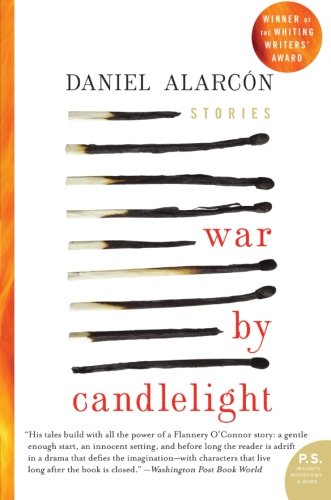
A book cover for War by Candlelight: Stories; Daniel Alarcon; Literature & Fiction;